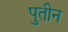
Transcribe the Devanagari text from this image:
पुतीन